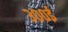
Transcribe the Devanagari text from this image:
३००ई